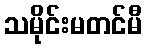
သမိုင်းမတင်မီ